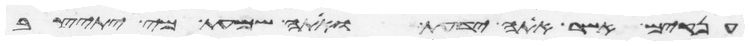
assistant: ענקים אשר אתה ידעת ואתה שמעת מי יתיצב